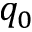
q _ { 0 }